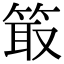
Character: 箃